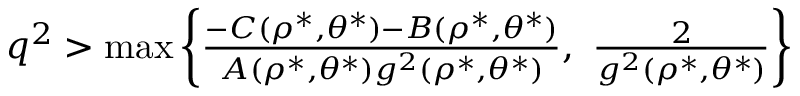
\begin{array} { r } { q ^ { 2 } > \operatorname* { m a x } \left\lbrace \frac { - C ( \rho ^ { \ast } , \theta ^ { \ast } ) - B ( \rho ^ { \ast } , \theta ^ { \ast } ) } { A ( \rho ^ { \ast } , \theta ^ { \ast } ) g ^ { 2 } ( \rho ^ { \ast } , \theta ^ { \ast } ) } , ~ \frac { 2 } { g ^ { 2 } ( \rho ^ { \ast } , \theta ^ { \ast } ) } \right\rbrace } \end{array}